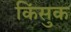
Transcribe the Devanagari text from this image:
किंसुक